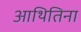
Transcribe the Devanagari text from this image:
आथितिना